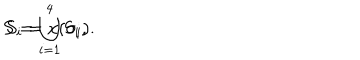
S = \bigcup _ { i = 1 } ^ { 4 } S _ { i } , \hspace { 2 m m } S _ { i } = x ( \sigma _ { i } ) .